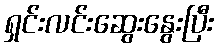
ရှင်းလင်းဆွေးနွေးပြီး